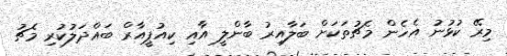
މިރޭ ކުޅުނު އެހެން މެޗުތަކަށް ބަލާއިރު ބާންލީ އާއި ކިއުޕީއާރް ބައްދަލުކުރި މެޗު